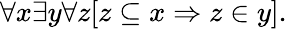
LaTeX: \forall x\exists y\forall z[z\subseteq x\Rightarrow z\in y].